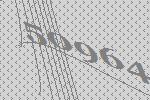
50964